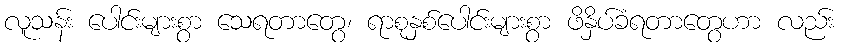
လူသန်း ပေါင်းများစွာ သေရတာတွေ၊ ရာစုနှစ်ပေါင်းများစွာ ဖိနှိပ်ခံရတာတွေဟာ လည်း